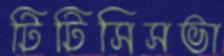
টিটিসিসভা